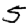
Digit: 5